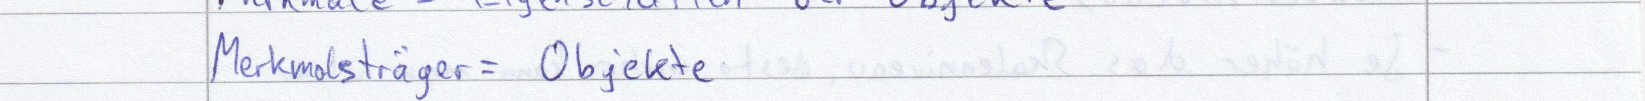
Merkmalsträger = Objekte